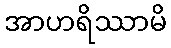
အာဟရိဿာမိ